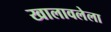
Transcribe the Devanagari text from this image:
खालावलेला